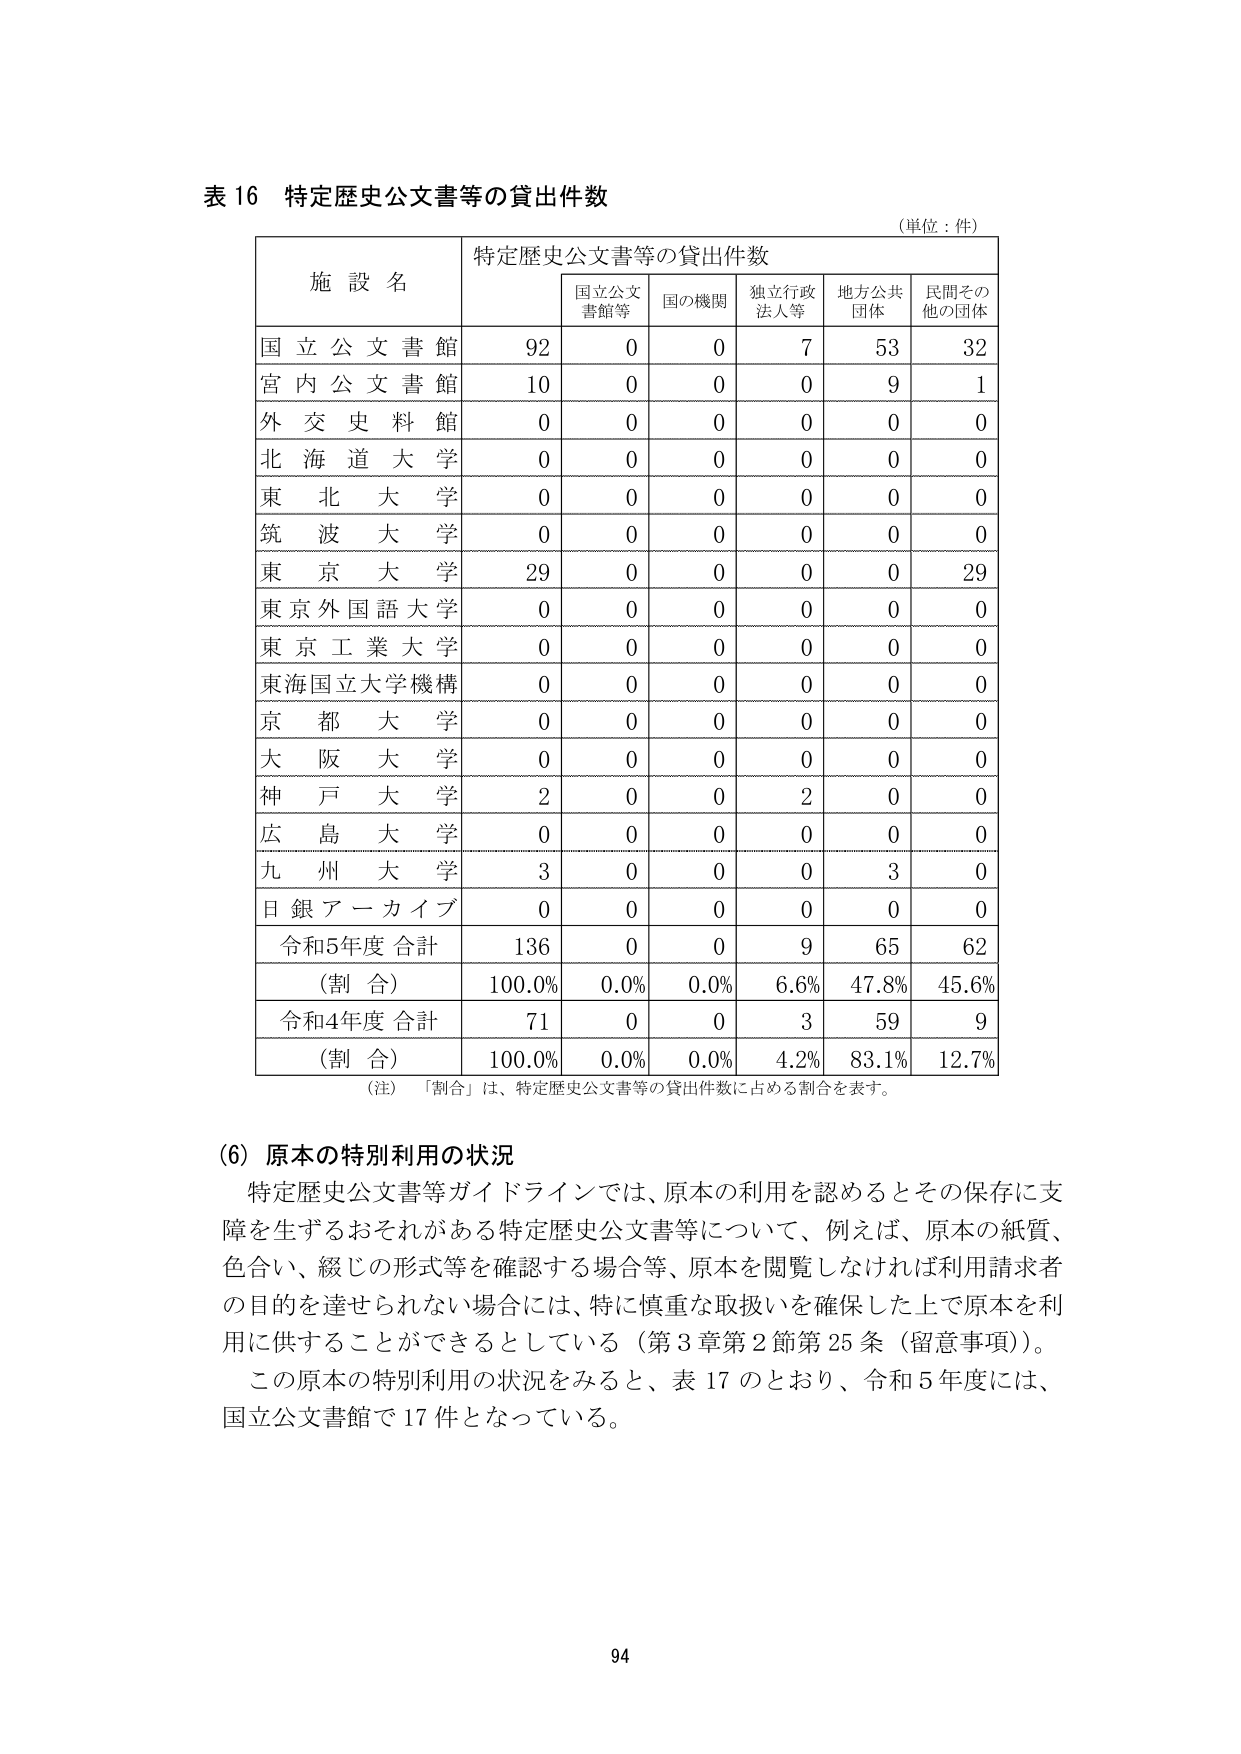
表 16 特定歴史公文書等の貸出件数
（単位：件）

施設名　特定歴史公文書等の貸出件数
　　　　国立公文書館等　国の機関　独立行政法人等　地方公共団体　民間その他の団体

国立公文書館　92　0　0　7　53　32
宮内公文書館　10　0　0　0　9　1
外交史料館　0　0　0　0　0　0
北海道大学　0　0　0　0　0　0
東北大学　0　0　0　0　0　0
筑波大学　0　0　0　0　0　0
東京大学　29　0　0　0　0　29
東京外国語大学　0　0　0　0　0　0
東京工業大学　0　0　0　0　0　0
東海国立大学機構　0　0　0　0　0　0
京都大学　0　0　0　0　0　0
大阪大学　0　0　0　0　0　0
神戸大学　2　0　0　2　0　0
広島大学　0　0　0　0　0　0
九州大学　3　0　0　0　3　0
日銀アーカイブ　0　0　0　0　0　0
令和5年度合計　136　0　0　9　65　62
（割合）　100.0%　0.0%　0.0%　6.6%　47.8%　45.6%
令和4年度合計　71　0　0　3　59　9
（割合）　100.0%　0.0%　0.0%　4.2%　83.1%　12.7%

（注）「割合」は、特定歴史公文書等の貸出件数に占める割合を表す。

（6）原本の特別利用の状況
特定歴史公文書等ガイドラインでは、原本の利用を認めるとその保存に支障を生ずるおそれがある特定歴史公文書等について、例えば、原本の紙質、色合い、綴じの形式等を確認する場合等、原本を閲覧しなければ利用請求者の目的を達せられない場合には、特に慎重な取扱いを確保した上で原本を利用に供することができるとしている（第3章第2節第25条（留意事項））。
この原本の特別利用の状況をみると、表17のとおり、令和5年度には、国立公文書館で17件となっている。

94